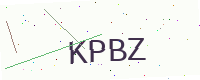
Text: KPBZ